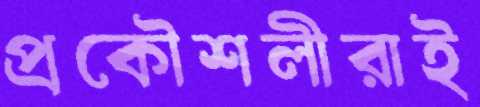
প্রকৌশলীরাই